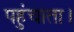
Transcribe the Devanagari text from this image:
पहुंचाता।